Lyperosia minuta, Bezzi - Number 59
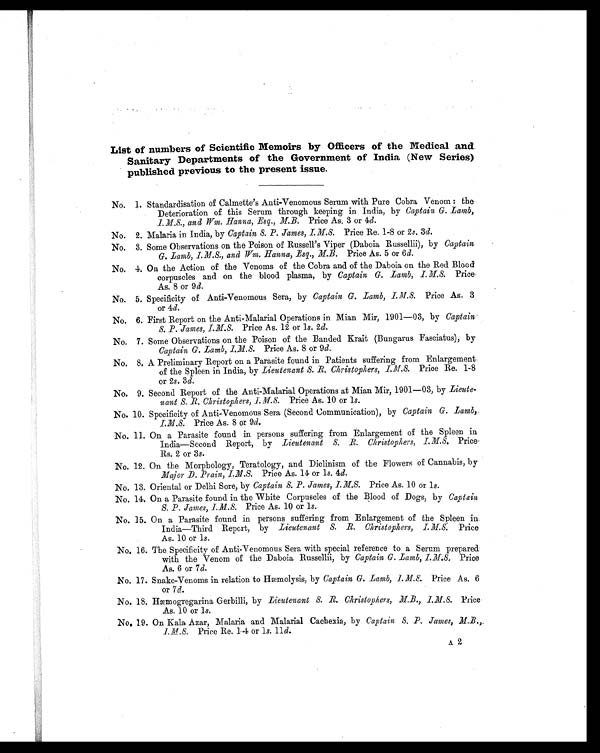
List of numbers of Scientific Memoirs by Officers of the Medical and
Sanitary Departments of the Government of India (New Series)
published previous to the present issue.
No. 1. Standardisation of Calmette's Anti-Venomous Serum with Pure Cobra Venom : the
Deterioration of this Serum through keeping in India, by Captain G. Lamb, I.M.S.,
and Wm. Hanna, Esq., M.B. Price As. 3 or 4d.
No. 2. Malaria in India, by Captain S. P. James, I.M.S. Price Re. 1-8 or 2s. 3d.
No. 3. Some Observations on the Poison of Russell's Viper (Daboia Russellii), by Captain
G. Lamb, I.M.S., and Wm. Hanna, Esq., M.B. Price As. 5 or 6 d.
No. 4. On the Action of the Venoms of the Cobra and of the Daboia on the Red Blood
corpuscles and on the blood plasma, by Captain G. Lamb, I.M.S. Price
As. 8 or 9 d.
No. 5. Specificity of Anti-Venomous Sera, by Captain G. Lamb, I.M.S. Price As. 3
or 4d.
No. 6. First Report on the Anti-Malarial Operations in Mian Mir, 1901-03, by Captain
S. P. James, I.M.S. Price As. 12 or 1s. 2d.
No. 7. Some Observations on the Poison of the Banded Krait (Bungarus Fasciatus), by
Captain G. Lamb, I.M.S. Price As. 8 or 9 d.
No. 8. A Preliminary Report on a Parasite found in Patients suffering from Enlargement.
of the Spleen in India, by Lieutenant S. R. Christophers, I.M.S. Price Re. 1-8
or 2s . 3d.
No. 9. Second Report of the Anti-Malarial Operations at Mian Mir, 1901-03, by Lieute-
nant S. R. Christophers, I.M.S. Price As. 10 or 1s.
No. 10. Specificity of Anti-Venomous Sera (Second Communication), by Captain G. Lamb,
I.M.S. Price As. 8 or 9d.
No. 11. On a Parasite found in persons suffering from Enlargement of the Spleen in
India-Second Report, by Lieutenant S. R. Christophers, I.M.S. Price
Rs. 2 or 3 s.
No. 12. On the Morphology, Teratology, and Diclinism of the Flowers of Cannabis, by
Major D. Prain, I.M.S. Price As. 14 or 1s. 4d.
No. 13. Oriental or Delhi Sore, by Captain S. P. James, I.M.S. Price As. 10 or 1s .
No. 14. On a Parasite found in the White Corpuscles of the Blood of Dogs, by Captain
S. P. James, I.M.S. Price As. 10 or 1s.
No. 15. On a Parasite found in persons suffering from Enlargement of the Spleen in
India-Third Report, by Lieutenant S. R. Christophers, I.M.S.P r i c e
As. 10 or 1s.
No. 16. The Specificity of Anti-Venomous Sera with special reference to a Serum prepared.
with the Venom of the Daboia Russellii, by Captain G. Lamb, I.M.S. Price
As. 6 or 7 d.
No. 17. Snake-Venoms in relation to Hæmolysis, by Captain G. Lamb, I.M.S. Price As. 6
or 7 d.
No. 18. Hæmogregarina Gerbilli, by Lieutenant S. R. Christophers, M.B., I.M.S. Price
As. 10 or 1s.
No. 1.9. On Kala Azar, Malaria and Malarial Cachexia, by Captain S. P. James, M.B.,
I.M.S. Price Re. 14 or l s. 11d.
A 2